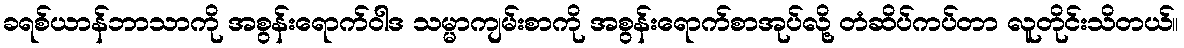
ခရစ်ယာန်ဘာသာကို အစွန်းရောက်ဝါဒ သမ္မာကျမ်းစာကို အစွန်းရောက်စာအုပ်လို့ တံဆိပ်ကပ်တာ လူတိုင်းသိတယ်။